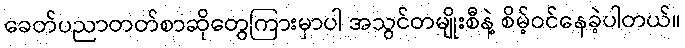
ခေတ်ပညာတတ်စာဆိုတွေကြားမှာပါ အသွင်တမျိုးစီနဲ့ စိမ့်ဝင်နေခဲ့ပါတယ်။